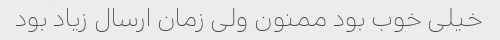
خیلی خوب بود ممنون ولی زمان ارسال زیاد بود